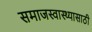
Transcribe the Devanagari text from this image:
समाजस्वास्थ्यासाठी